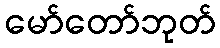
မော်တော်ဘုတ်